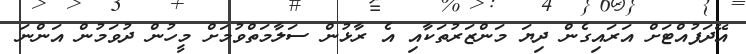
އޭދަފުއްޓަށް އަރައިގެން ދިޔަ މަންޒަރުތަކާއި އެ ރާޅުން ސަލާމަތްވުމަށް މީހުން ދުވަމުން އަންނަ